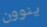
ينوون